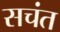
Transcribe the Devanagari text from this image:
सचंत